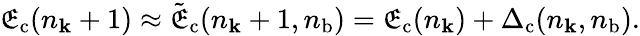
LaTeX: \mathfrak{E}_{\mathrm{{c}}}(n_{\mathbf{k}}+1)\approx\tilde{{\mathfrak{E}}}_{\mathrm{{c}}}(n_{\mathbf{k}}+1,{n}_{\mathrm{{b}}})=\mathfrak{E}_{\mathrm{{c}}}(n_{\mathbf{k}})+\Delta_{\mathrm{{c}}}(n_{\mathbf{k}},{n}_{\mathrm{{b}}}).